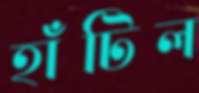
হাঁটিল